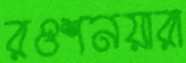
রওশনয়ারা